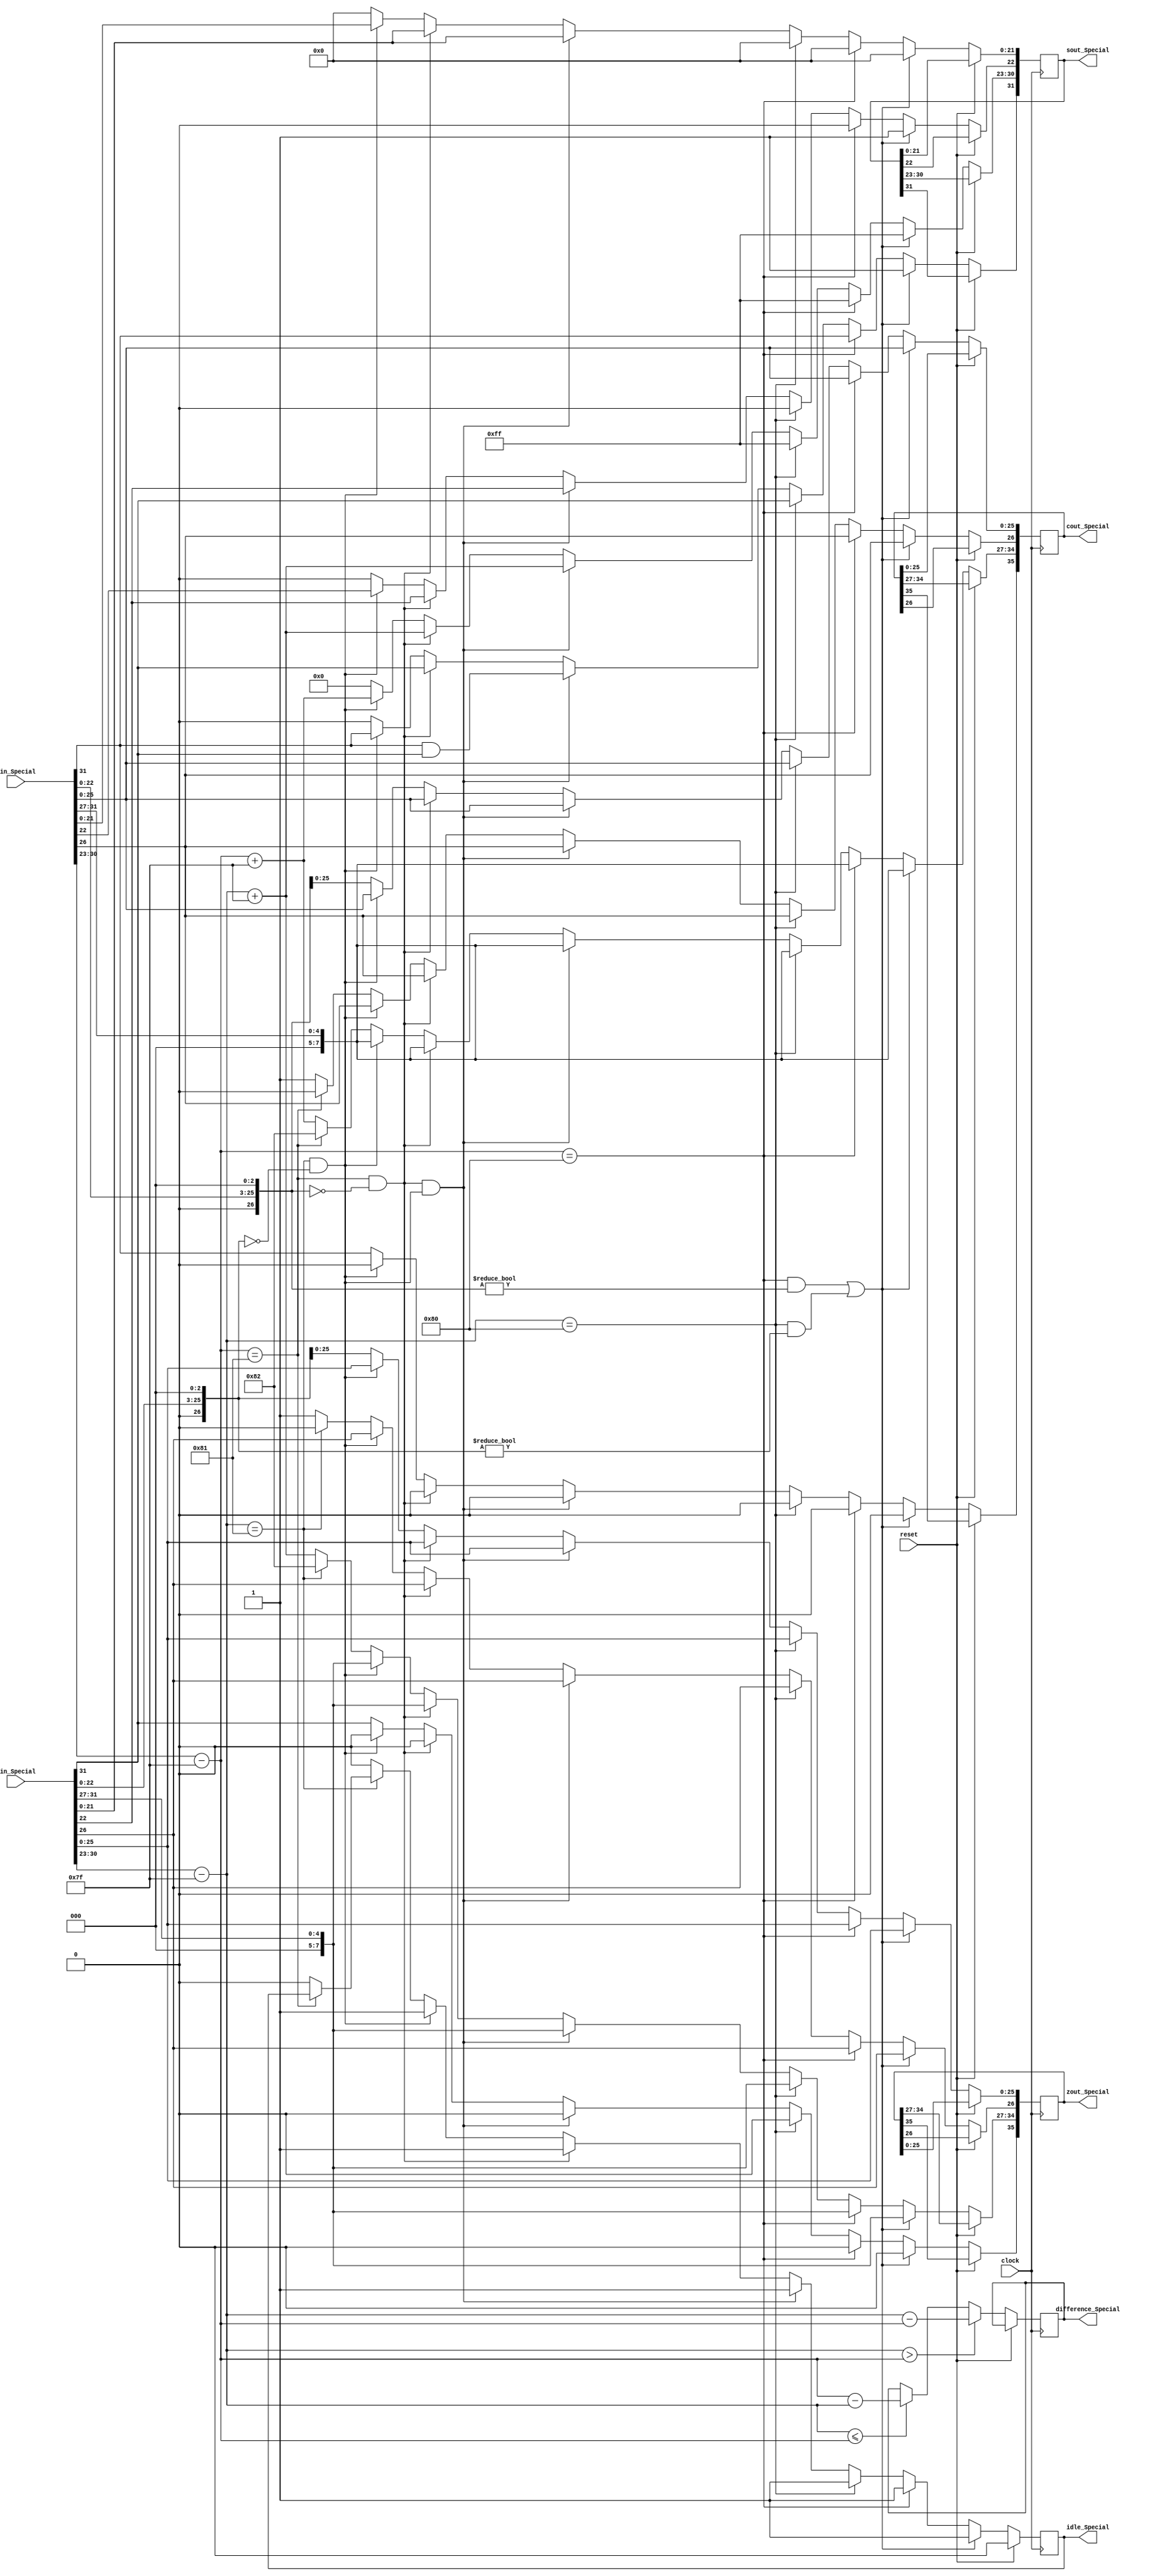
module SpecialAdd(
	input [31:0] cin_Special,
	input [31:0] zin_Special,
	input reset,
	input clock,
	output reg idle_Special = 1'b0,
	output reg [7:0] difference_Special,
	output reg [35:0] cout_Special,
	output reg [35:0] zout_Special,
	output reg [31:0] sout_Special
   );
	
wire z_sign;
wire [7:0] z_exponent;
wire [26:0] z_mantissa;

wire c_sign;
wire [7:0] c_exponent;
wire [26:0] c_mantissa;

assign c_sign = cin_Special[31];
assign c_exponent = {cin_Special[30:23] - 127};
assign c_mantissa = {cin_Special[22:0],3'd0};

assign z_sign = {zin_Special[31]};
assign z_exponent = {zin_Special[30:23] - 127};
assign z_mantissa = {zin_Special[22:0],3'd0};

parameter no_idle = 1'b0,
			 put_idle = 1'b1;

always @ (posedge clock)
begin

	if (reset == 1'b1) begin
		idle_Special <= 1'b0;
	end
	
	else begin
	if ($signed(z_exponent) > $signed(c_exponent)) begin
		difference_Special <= z_exponent - c_exponent;
	end
	else if ($signed(z_exponent) <= $signed(c_exponent)) begin
		difference_Special <= c_exponent - z_exponent;
	end	
	
	// Most of the special cases will never occur except the case where one input is zero.
	// The HCORDIC module will not receive NaN and inf at input stage.
	//if c is NaN or z is NaN return NaN 
   if ((c_exponent == 128 && c_mantissa != 0) || (z_exponent == 128 && z_mantissa != 0)) begin
      sout_Special[31] <= 1;
      sout_Special[30:23] <= 255;
      sout_Special[22] <= 1;
      sout_Special[21:0] <= 0;
		zout_Special <= zin_Special;
		cout_Special <= cin_Special;
		idle_Special <= put_idle;
    //if c is inf return inf
    end else if (c_exponent == 128) begin
      sout_Special[31] <= c_sign;
      sout_Special[30:23] <= 255;
      sout_Special[22:0] <= 0;
		zout_Special <= zin_Special;
		cout_Special <= cin_Special;
		idle_Special <= put_idle;		
    //if z is inf return inf
    end else if (z_exponent == 128) begin
      sout_Special[31] <= z_sign;
      sout_Special[30:23] <= 255;
      sout_Special[22:0] <= 0;
		zout_Special <= zin_Special;
		cout_Special <= cin_Special;
		idle_Special <= put_idle;		
    //if c is zero return z
    end else if ((($signed(c_exponent) == -127) && (c_mantissa == 0)) && (($signed(z_exponent) == -127) && (z_mantissa == 0))) begin
      sout_Special[31] <= c_sign & z_sign;
      sout_Special[30:23] <= z_exponent[7:0] + 127;
      sout_Special[22:0] <= z_mantissa[26:3];
		zout_Special <= zin_Special;
		cout_Special <= cin_Special;
      idle_Special <= put_idle;							
    //if c is zero return z
    end else if (($signed(c_exponent) == -127) && (c_mantissa == 0)) begin
      sout_Special[31] <= z_sign;
      sout_Special[30:23] <= z_exponent[7:0] + 127;
      sout_Special[22:0] <= z_mantissa[26:3];
		zout_Special <= zin_Special;
		cout_Special <= cin_Special;
      idle_Special <= put_idle;								
    //if z is zero return c
    end else if (($signed(z_exponent) == -127) && (z_mantissa == 0)) begin
      sout_Special[31] <= c_sign;
      sout_Special[30:23] <= c_exponent[7:0] + 127;
      sout_Special[22:0] <= c_mantissa[26:3];
		zout_Special <= zin_Special;
		cout_Special <= cin_Special;
      idle_Special <= put_idle;							
    end else begin
		sout_Special <= 0;
      //Denormalised Number
      if ($signed(c_exponent) == -127) begin
         cout_Special[34:27] <= -126;
			cout_Special[35] <= c_sign;
			cout_Special[26:0] <= c_mantissa;
      end else begin
			cout_Special[34:27] <= c_exponent + 127;
			cout_Special[35] <= c_sign;
         cout_Special[26] <= 1;
			cout_Special[25:0] <= c_mantissa[25:0];
			idle_Special <= no_idle;
      end
      //Denormalised Number
      if ($signed(z_exponent) == -127) begin
			zout_Special[35] <= z_sign;
         zout_Special[34:27] <= -126;
			zout_Special[26:0] <= z_mantissa;
      end else begin
			zout_Special[35] <= z_sign;
         zout_Special[34:27] <= z_exponent + 127;
			zout_Special[25:0] <= z_mantissa[25:0];
         zout_Special[26] <= 1;
			idle_Special <= no_idle;
      end
	end
	end
end

endmodule